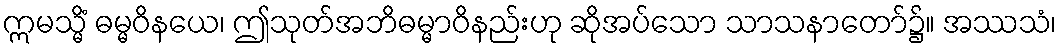
ဣမသ္မိံ ဓမ္မဝိနယေ၊ ဤသုတ်အဘိဓမ္မာဝိနည်းဟု ဆိုအပ်သော သာသနာတော်၌။ အဿသံ၊